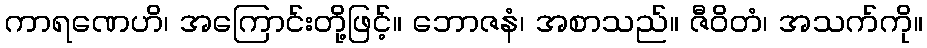
ကာရဏေဟိ၊ အကြောင်းတို့ဖြင့်။ ဘောဇနံ၊ အစာသည်။ ဇီဝိတံ၊ အသက်ကို။